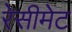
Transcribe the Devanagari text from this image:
रेसीमेट